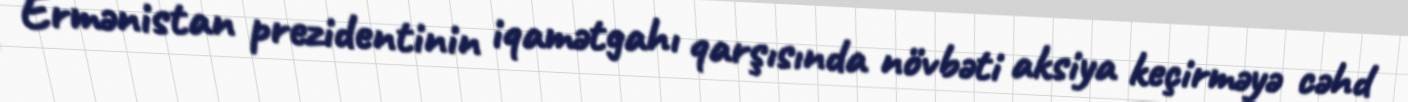
Ermənistan prezidentinin iqamətgahı qarşısında növbəti aksiya keçirməyə cəhd